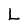
Character: L